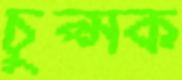
চুপ্‌সক